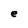
Character: e